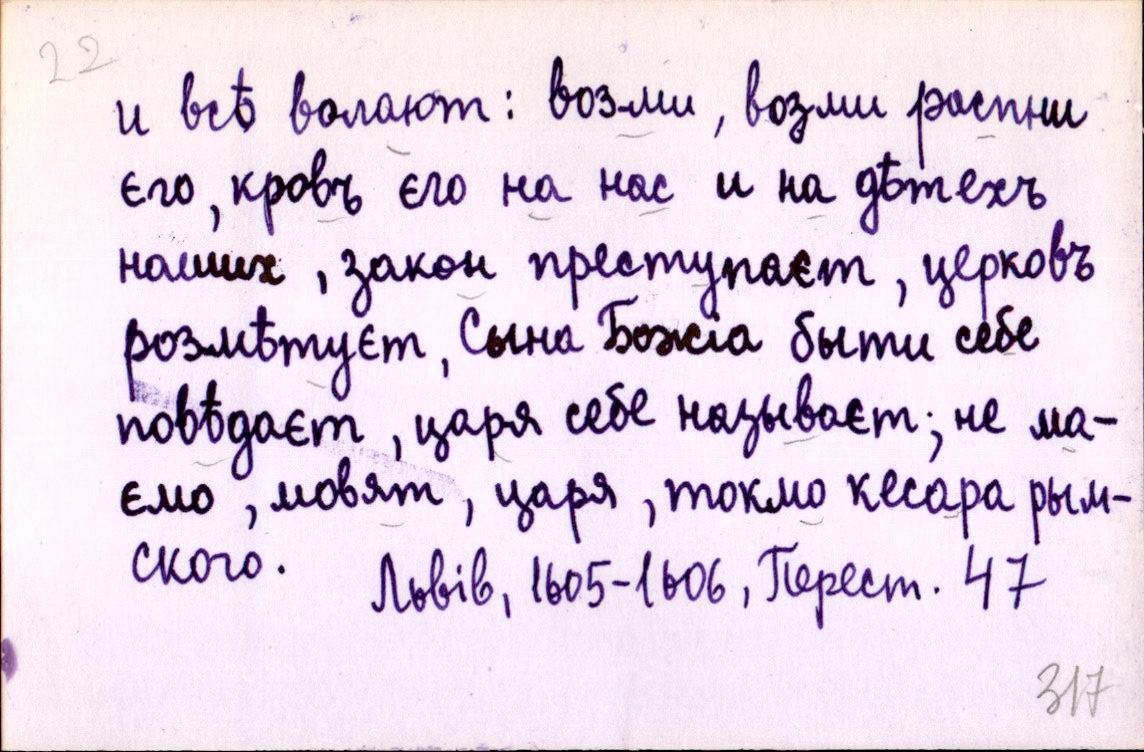
и всѣ волают: возми, возми распни
єго, кровъ єго на нас и на дѣтехъ
наших, закон преступаєт, церковъ
розмѣтуєт, Сына Божіа быти себе
повѣдаєт, царя себе называєт; не ма-
ємо, мовят, царя, токмо кесара рым-
ского.
Львів, 1605-1606, Перест. 47